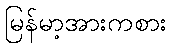
မြန်မာ့အားကစား